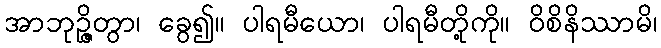
အာဘုဉ္ဇိတွာ၊ ခွေ၍။ ပါရမီယော၊ ပါရမီတို့ကို။ ဝိစိနိဿာမိ၊